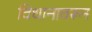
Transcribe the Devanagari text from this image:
विधानावरून